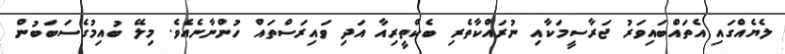
ލެޔެއްގައި އެތައްބައިވަރު ޖަރާސީމަކާއި ނުރައްކާތެރި ބެކްތީރިއާ އަދި ވައިރަސްތައް ހުންނާނެއެވެ. މިލޭ ބުއިމުގެސަބަބުން